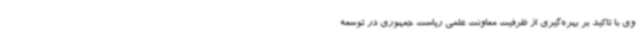
وی با تاکید بر بهره‌گیری از ظرفیت معاونت علمی ریاست جمهوری در توسعه